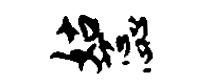
姑蕊